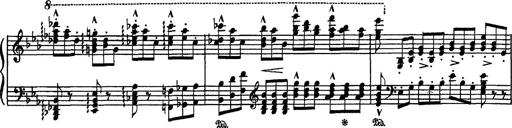
Title: Fantaisie sur des motifs favoris de l'opÃ©ra 'La sonnambula'
Composer: Franz Liszt